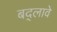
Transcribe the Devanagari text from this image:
बद्लावे